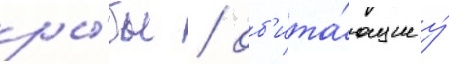
ры́бы / об'ита́ющие у́